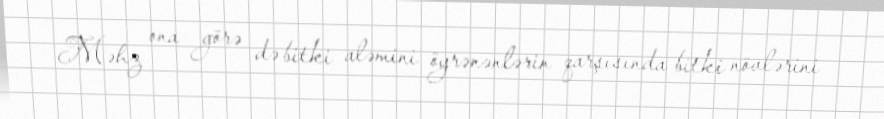
Məhz ona görə də bitki aləmini öyrənənlərin qarşısında bitki növlərini